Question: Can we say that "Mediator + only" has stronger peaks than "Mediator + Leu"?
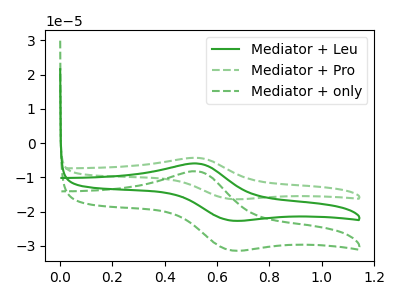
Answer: <think>The green curve "Mediator + Leu" has an anodic peak at (0.50V, -5.90uA) and a cathodic peak at (0.65V, -22.55uA). The green dashed curve "Mediator + Pro" has an anodic peak at (0.50V, -11.85uA) and a cathodic peak at (0.65V, -45.10uA). The green dashed curve "Mediator + only" has an anodic peak at (0.50V, -8.20uA) and a cathodic peak at (0.65V, -31.25uA).</think>
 <answer>The peaks in "Mediator + only" are neither all higher or all lower than the peaks in "Mediator + Leu".</answer>
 <eval>mixed</eval>